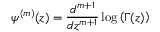
\psi ^ { ( m ) } ( z ) = \frac { d ^ { m + 1 } } { d z ^ { m + 1 } } \log \left( \Gamma ( z ) \right)